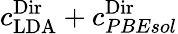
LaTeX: c_{\mathrm{LDA}}^{\textnormal{Dir}}+c_{PBEsol}^{\textnormal{Dir}}